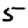
Digit: 5